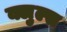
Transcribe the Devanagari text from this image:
क्लुल्स